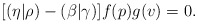
\begin{align*}[(\eta|\rho)-(\beta|\gamma)]f(p)g(v)=0.\end{align*}